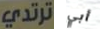
ترتدي أبي